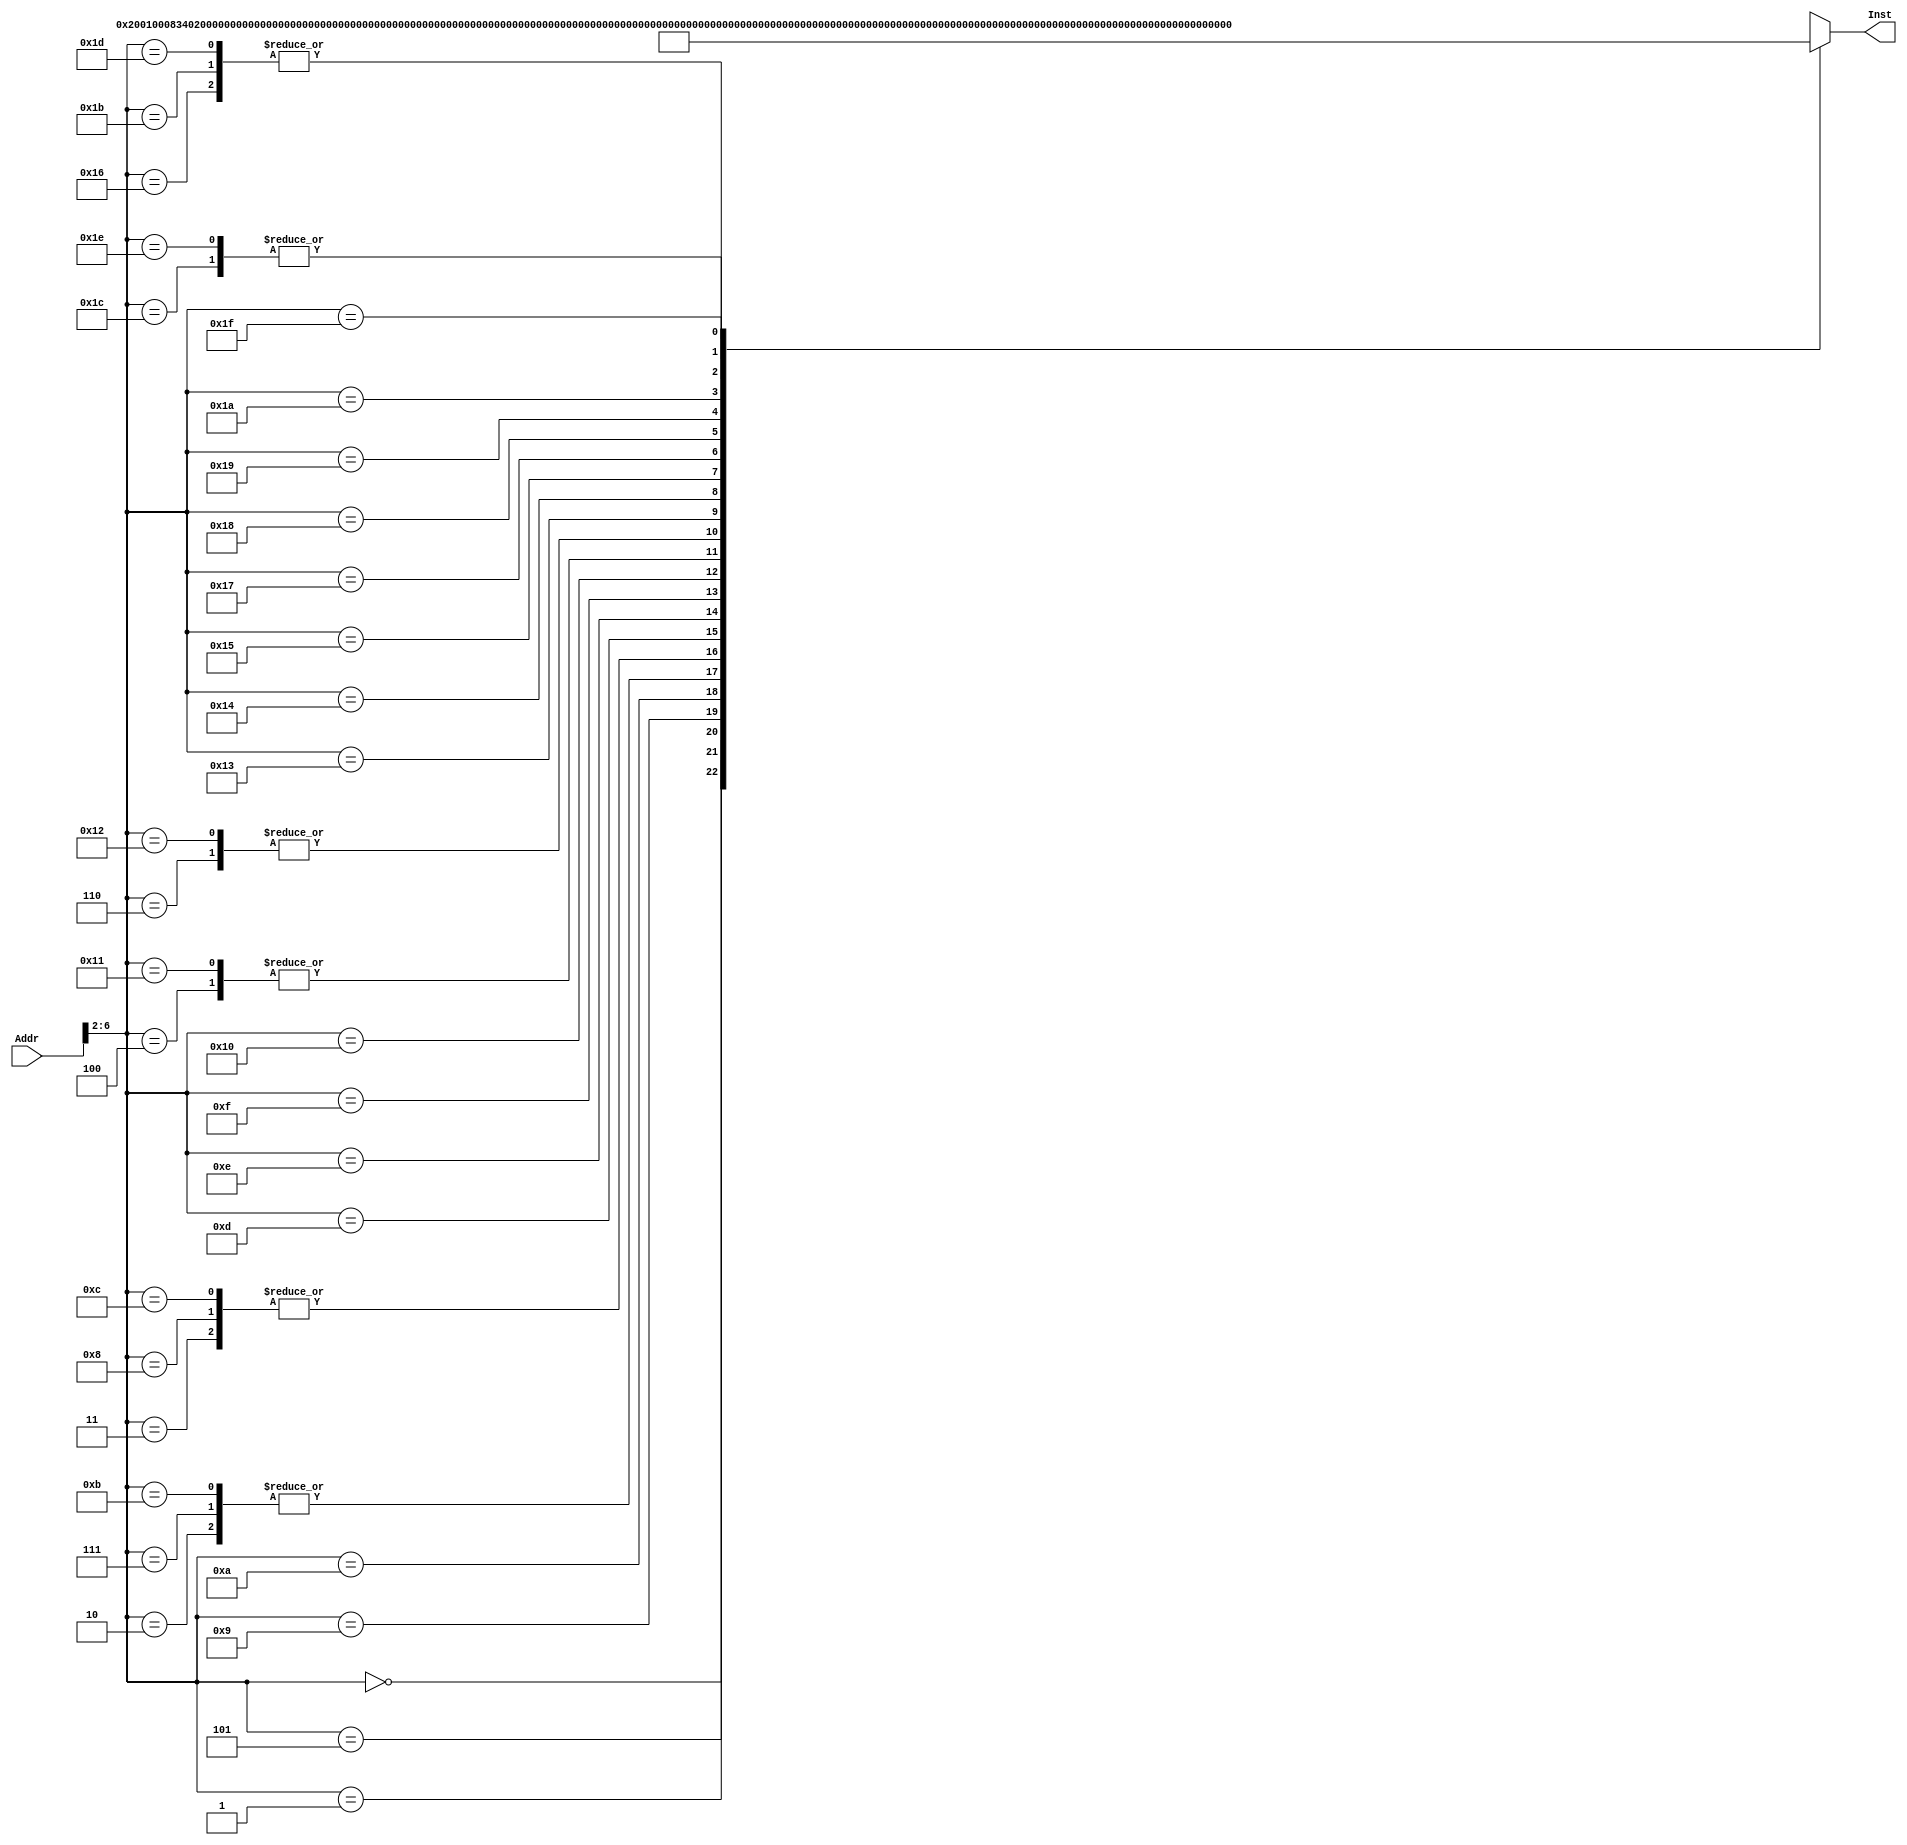
`timescale 1ns / 1ps
//////////////////////////////////////////////////////////////////////////////////
// Company: 
// Engineer: 
// 
// Design Name: 
// Module Name: INSTMEN
// Project Name: 
// Target Devices: 
// Tool Versions: 
// Description: 
// 
// Dependencies: 
// 
// Revision:
// Revision 0.01 - File Created
// Additional Comments:
// 
//////////////////////////////////////////////////////////////////////////////////
module INSTMEM(Addr,Inst);//
    input[31:0]Addr;
    //'0'
    output[31:0]Inst;
    wire[31:0]Rom[31:0];
    assign Rom[5'h00]=32'h20010008;//addi $1,$0,8 $1=8 001000 00000 00001 0000000000001000
    assign Rom[5'h01]=32'h3402000C;//ori $2,$0,12 $2=12
    assign Rom[5'h02]=32'h00221820;//add $3,$1,$2 $3=20//
    assign Rom[5'h03]=32'h00412022;//sub $4,$2,$1 $4=4//
    assign Rom[5'h04]=32'h00222824;//and $5,$1,$2
    assign Rom[5'h05]=32'h00223025;//or $6,$1,$2
    assign Rom[5'h06]=32'h14220006;//bne $1,$2,6//00010100001000010000000000000110//
    assign Rom[5'h07]=32'h00221820;//add $3,$1,$2 $3=20
    assign Rom[5'h08]=32'h00412022;//sub $4,$2,$1 $4=4
    assign Rom[5'h09]=32'h10220002;// beq $1,$2,2
    assign Rom[5'h0A]=32'h0800000D;// J 0D 
    assign Rom[5'h0B]=32'h00221820;//add $3,$1,$2 $3=20
    assign Rom[5'h0C]=32'h00412022;//sub $4,$2,$1 $4=4
    assign Rom[5'h0D]=32'hAD02000A;// sw $2 10($8) memory[$8+10]=12
    assign Rom[5'h0E]=32'h8D04000A;//lw $4 10($8) $4=12
    assign Rom[5'h0F]=32'h14440002;//bne $2,$4,2//lw
    assign Rom[5'h10]=32'h20210004;//addi $1,$1,4 //00100000001000010000000000000100
    assign Rom[5'h11]=32'h00222824;//and $5,$1,$2
    assign Rom[5'h12]=32'h14220006;//bne $1,$2,6
    assign Rom[5'h13]=32'h30470009;//andi $7,$2,9
    assign Rom[5'h14]=32'h382300EF;//xori $3,$10xef
    assign Rom[5'h15]=32'h3C011234;//lui $1,0x1234
    assign Rom[5'h16]=32'h00021900;//sll $3,$2,4
    assign Rom[5'h17]=32'h00011102;//srl $1,$2,4
    assign Rom[5'h18]=32'h00020903;//sra $3,$1,4//
    assign Rom[5'h19]=32'h0C00001D;//Jal 1D
    assign Rom[5'h1A]=32'h08000007;//J 07
    assign Rom[5'h1B]=32'h00021900;//sll $3,$2,4
    assign Rom[5'h1C]=32'h00021903;//sra $3,$2,4
    assign Rom[5'h1D]=32'h00021900;//sll $3,$2,4
    assign Rom[5'h1E]=32'h00021903;//sra $3,$2,4
    assign Rom[5'h1F]=32'h03E00008;//Jr 1A
    assign Inst=Rom[Addr[6:2]];
endmodule